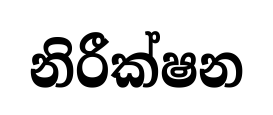
නිරීක්ෂන